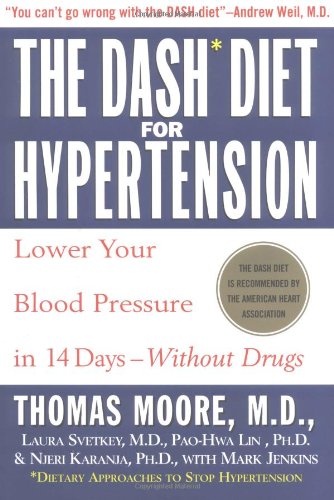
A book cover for The DASH Diet for Hypertension; Mark Jenkins; Health, Fitness & Dieting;